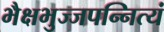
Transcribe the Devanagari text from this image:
भैक्षभुज्जपन्नित्यं